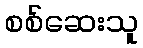
စစ်ဆေးသူ